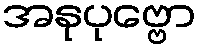
အနုပုဗ္ဗော